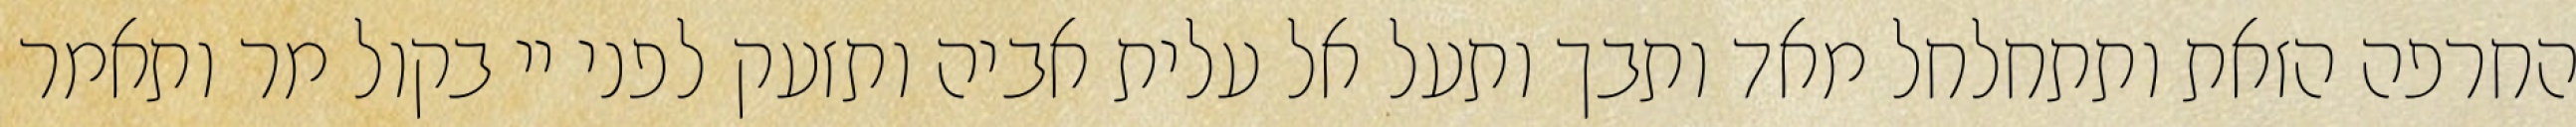
החרפה הזאת ותתחלחל מאד ותבך ותעל אל עלית אביה ותזעק לפני יי בקול מר ותאמר